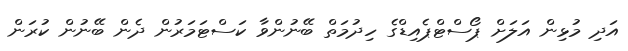
އަދި މުޅިން އަލަށް ޕޯސްޓްޕެއިޑްގެ ހިދުމަތް ބޭނުންވާ ކަސްޓަމަރުން ދެން ބޭނުން ކުރަން